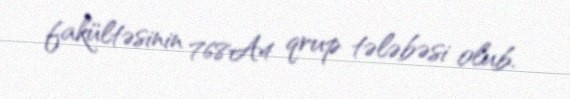
fakültəsinin 768A4 qrup tələbəsi olub.